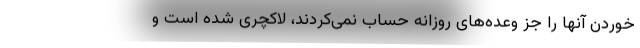
خوردن آنها را جز وعده‌های روزانه حساب نمی‌کردند، لاکچری شده است و